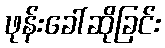
ဖုန်းခေါ်ဆိုခြင်း